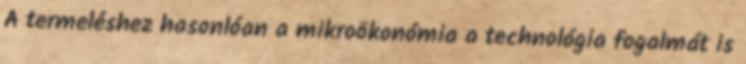
A termeléshez hasonlóan a mikroökonómia a technológia fogalmát is